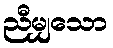
ညီမျှသော